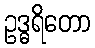
ဥဒ္ဓရိတော